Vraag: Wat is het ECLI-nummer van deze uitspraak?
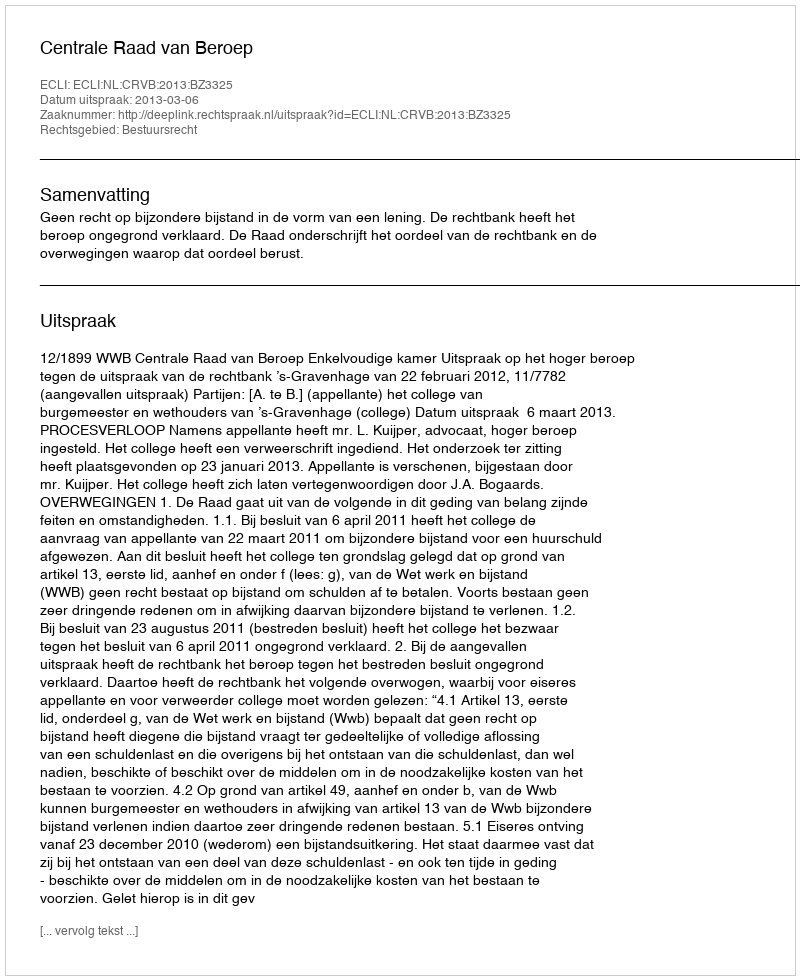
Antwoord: ECLI:NL:CRVB:2013:BZ3325